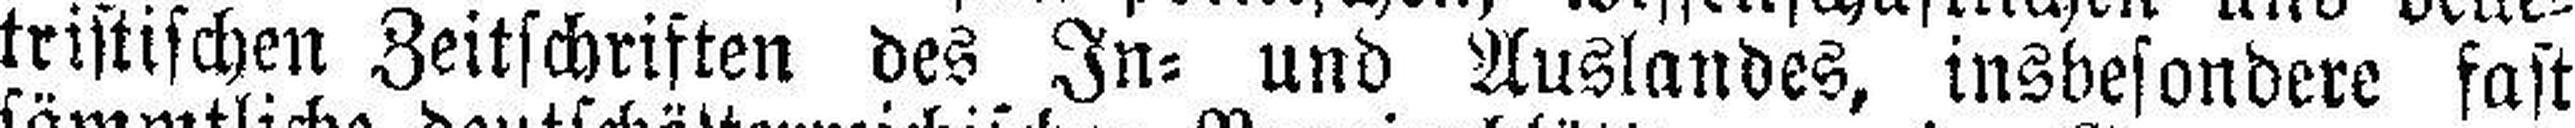
tristischen Zeitschriften des In= und Auslandes, insbesondere fast